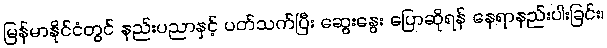
မြန်မာနိုင်ငံတွင် နည်းပညာနှင့် ပတ်သက်ပြီး ဆွေးနွေး ပြောဆိုရန် နေရာနည်းပါးခြင်း၊